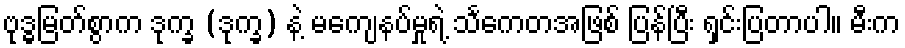
ဗုဒ္ဓမြတ်စွာက ဒုက္ခ (ဒုက္ခ) နဲ့ မကျေနပ်မှုရဲ့ သင်္ကေတအဖြစ် ပြန်ပြီး ရှင်းပြတာပါ။ မီးက